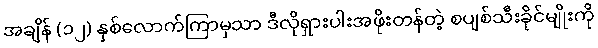
အချိန် (၁၂) နှစ်လောက်ကြာမှသာ ဒီလိုရှားပါးအဖိုးတန်တဲ့ စပျစ်သီးခိုင်မျိုးကို